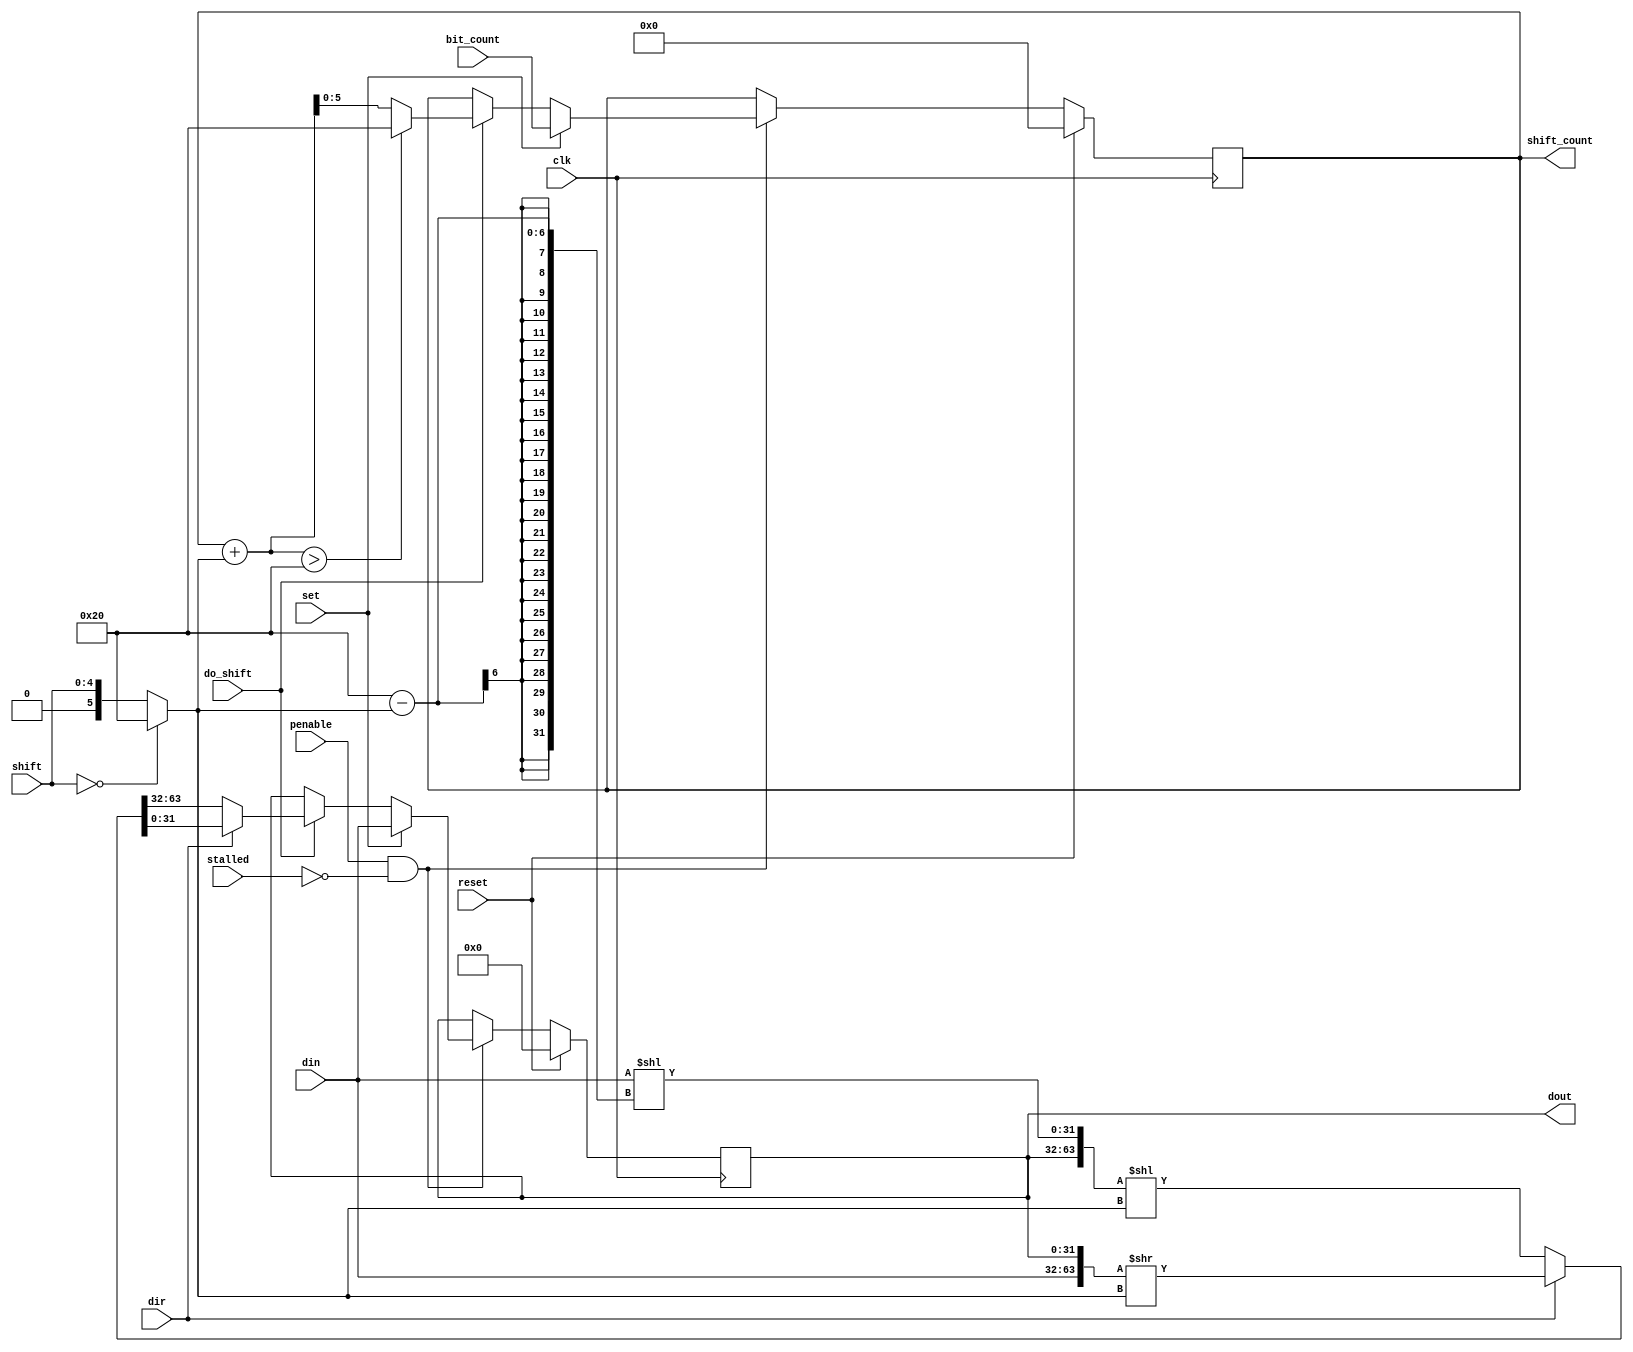
// SPDX-FileCopyrightText: 2022 Lawrie Griffiths
// SPDX-License-Identifier: BSD-2-Clause

`default_nettype none
module isr (
  input         clk,
  input         penable,
  input         reset,
  input         stalled,
  input [31:0]  din,
  input [4:0]   shift,
  input         dir,
  input         set,
  input         do_shift,
  input [5:0]   bit_count,
  output [31:0] dout,
  output [5:0]  shift_count
);

  reg [31:0] shift_reg;
  reg [5:0]  count;

  // A shift value of 0 means shift 32
  wire [5:0] shift_val = shift == 0 ? 32 : shift;
  // Left align the input value and concatenate it with the shift register to produce a 64-bit value
  wire [63:0] new_shift = dir ? {din, shift_reg} >> shift_val
                              : {shift_reg, din << (32 - shift_val)} << shift_val;

  always @(posedge clk) begin
    if (reset) begin
      shift_reg <= 0;
      count <= 0;  // Empty
    end else if (penable && !stalled) begin
       if (set) begin
         shift_reg <= din;
         count <= bit_count;
       end else if (do_shift) begin
         shift_reg <= dir ? new_shift[31:0] : new_shift[63:32];
         count <= count + shift_val > 32 ? 32 : count + shift_val;
       end
    end
  end

  assign dout = shift_reg;
  assign shift_count = count;

endmodule